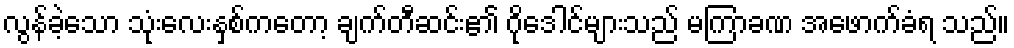
လွန်ခဲ့သော သုံးလေးနှစ်ကတော့ ချက်တီဆင်း၏ ဂိုဒေါင်များသည် မကြာခဏ အဖောက်ခံရ သည်။